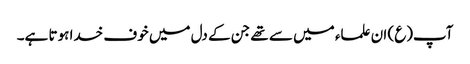
آپ(ع) ان علماء میں سے تھے جن کے دل میں خوف خدا ہوتا ہے۔